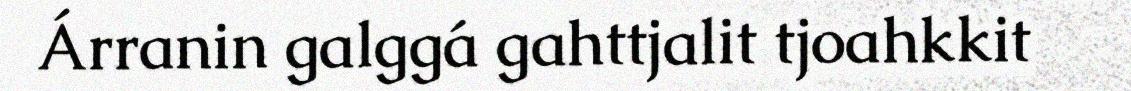
Árranin galggá gahttjalit tjoahkkit